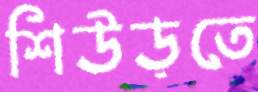
শিউড়তে